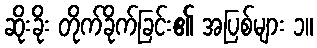
ဆိုးခိုး တိုက်ခိုက်ခြင်း၏ အပြစ်များ ၁။